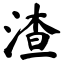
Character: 渣